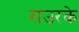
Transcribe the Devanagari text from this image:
राउरके